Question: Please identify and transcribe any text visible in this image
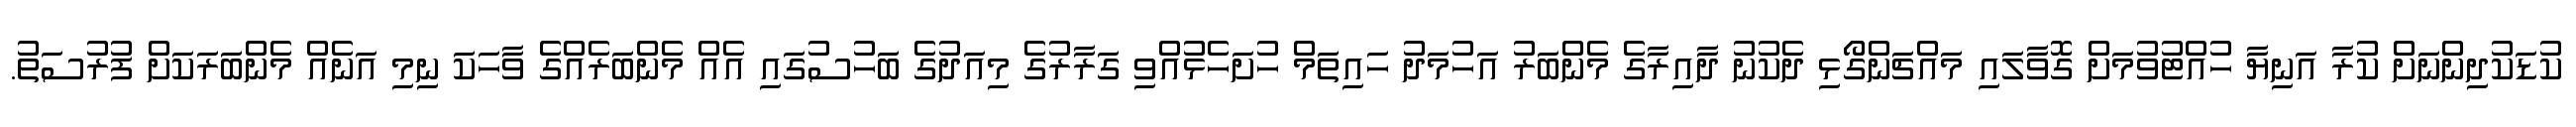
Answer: ކުޑަކުދިންނަށް ކުރާ އަނިޔާ ހުއްޓުވުމަށް ގޮވާލައި މައްޗަންގޯޅި ދެކުނު ދާއިރާގެ މެންބަރު އަހުމަދު ހައިތަމް ހުށަހެޅުއްވި ގަރާރުގެ މިއަދުގެ ބަހުސުގައި އެއް މެންބަރެއްގެ ވާހަކަ ނިމި އަނެއް މެންބަރަކަށް ފުރުސަތު.